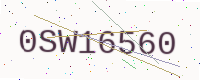
Text: 0SW16560